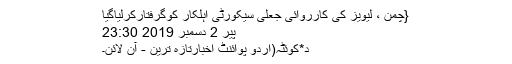
{چمن ، لیویز کی کارروائی جعلی سیکورٹی اہلکار کوگرفتارکرلیاگیا
پیر 2 دسمبر 2019 23:30
د*کوئٹہ(اُردو پوائنٹ اخبارتازہ ترین - آن لائن۔